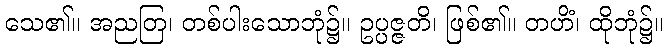
သေ၏။ အညတြ၊ တစ်ပါးသောဘုံ၌။ ဥပ္ပဇ္ဇတိ၊ ဖြစ်၏။ တဟိံ၊ ထိုဘုံ၌။